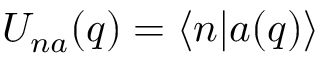
U _ { n a } ( q ) = \langle n | a ( q ) \rangle